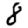
Digit: 8